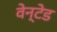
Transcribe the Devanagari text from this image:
वेन्टेड